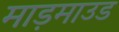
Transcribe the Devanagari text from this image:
माड़माउड